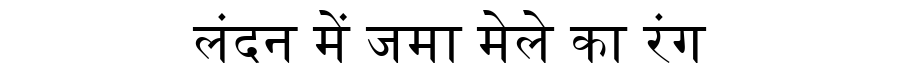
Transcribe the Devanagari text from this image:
लंदन में जमा मेले का रंग